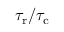
{ \tau _ { \mathrm { r } } } / { \tau _ { \mathrm { c } } }